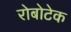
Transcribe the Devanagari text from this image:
रोबोटेक